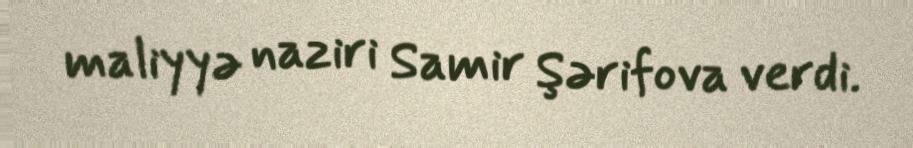
maliyyə naziri Samir Şərifova verdi.